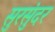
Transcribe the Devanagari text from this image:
सुरसुंदर